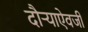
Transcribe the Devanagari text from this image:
दौर्‍याऐवजी